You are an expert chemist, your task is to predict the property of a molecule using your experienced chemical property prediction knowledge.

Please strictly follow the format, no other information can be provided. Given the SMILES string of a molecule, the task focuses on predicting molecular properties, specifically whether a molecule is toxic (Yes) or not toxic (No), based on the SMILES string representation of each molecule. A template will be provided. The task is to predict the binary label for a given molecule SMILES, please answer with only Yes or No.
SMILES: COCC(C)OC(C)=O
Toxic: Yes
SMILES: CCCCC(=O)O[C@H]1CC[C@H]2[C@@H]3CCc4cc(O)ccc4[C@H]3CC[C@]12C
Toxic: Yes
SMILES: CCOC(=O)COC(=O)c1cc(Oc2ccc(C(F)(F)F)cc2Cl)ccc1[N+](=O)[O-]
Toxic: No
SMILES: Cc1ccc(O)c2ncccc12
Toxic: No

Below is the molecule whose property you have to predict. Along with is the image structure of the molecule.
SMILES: N=C(NCCCCCCNC(=N)NC(=N)Nc1ccc(Cl)cc1)NC(=N)Nc1ccc(Cl)cc1
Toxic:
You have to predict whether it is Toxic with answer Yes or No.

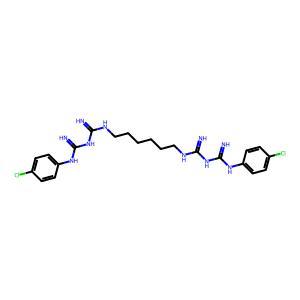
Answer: No